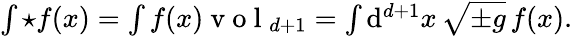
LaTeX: \begin{array}{r}{\int{\star f}(x)=\int f(x)\mathrm{~v~o~l~}_{d+1}=\int\mathrm{d}^{d+1}x\, \sqrt{\pm g}\, f(x).}\end{array}